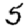
Digit: 5